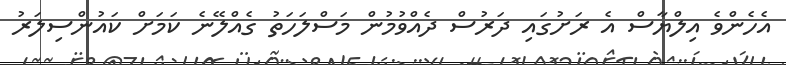
އެހެންވެ އިލްޔާސް އެ ރަށުގައި ދަރުސް ދެއްވުމުން މަސްލަހަތު ގެއްލޭނެ ކަމަށް ކައުންސިލަރު